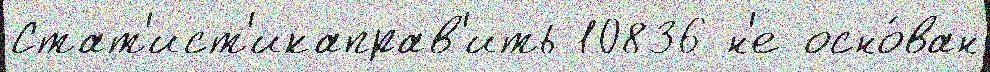
Стат'ист'икаправ'ить 10836 н'е осно́ван